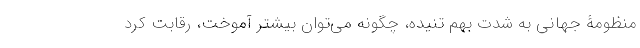
منظومۀ جهانی به شدت بهم تنیده، چگونه می­توان بیشتر آموخت، رقابت کرد